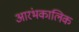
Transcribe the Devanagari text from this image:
आरंभकालिक